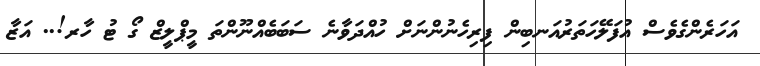
އަހަރެންގެވެސް އުފަލޭހަތަރުއަނބިން ފިރިހެނުންނަށް ހުއްދަވާނެ ސަބަބެއްނޫންތަ މީޕްލީޒް ގޯ ޓު ހާރ!.. އަޒާ